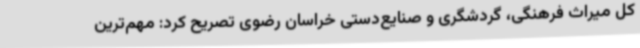
کل میراث فرهنگی، گردشگری و صنایع‌دستی خراسان رضوی تصریح کرد: مهم‌ترین